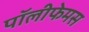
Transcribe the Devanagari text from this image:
पॉलीफेमस